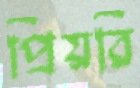
প্রিয়রি